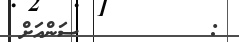
:         ސަންއަށް